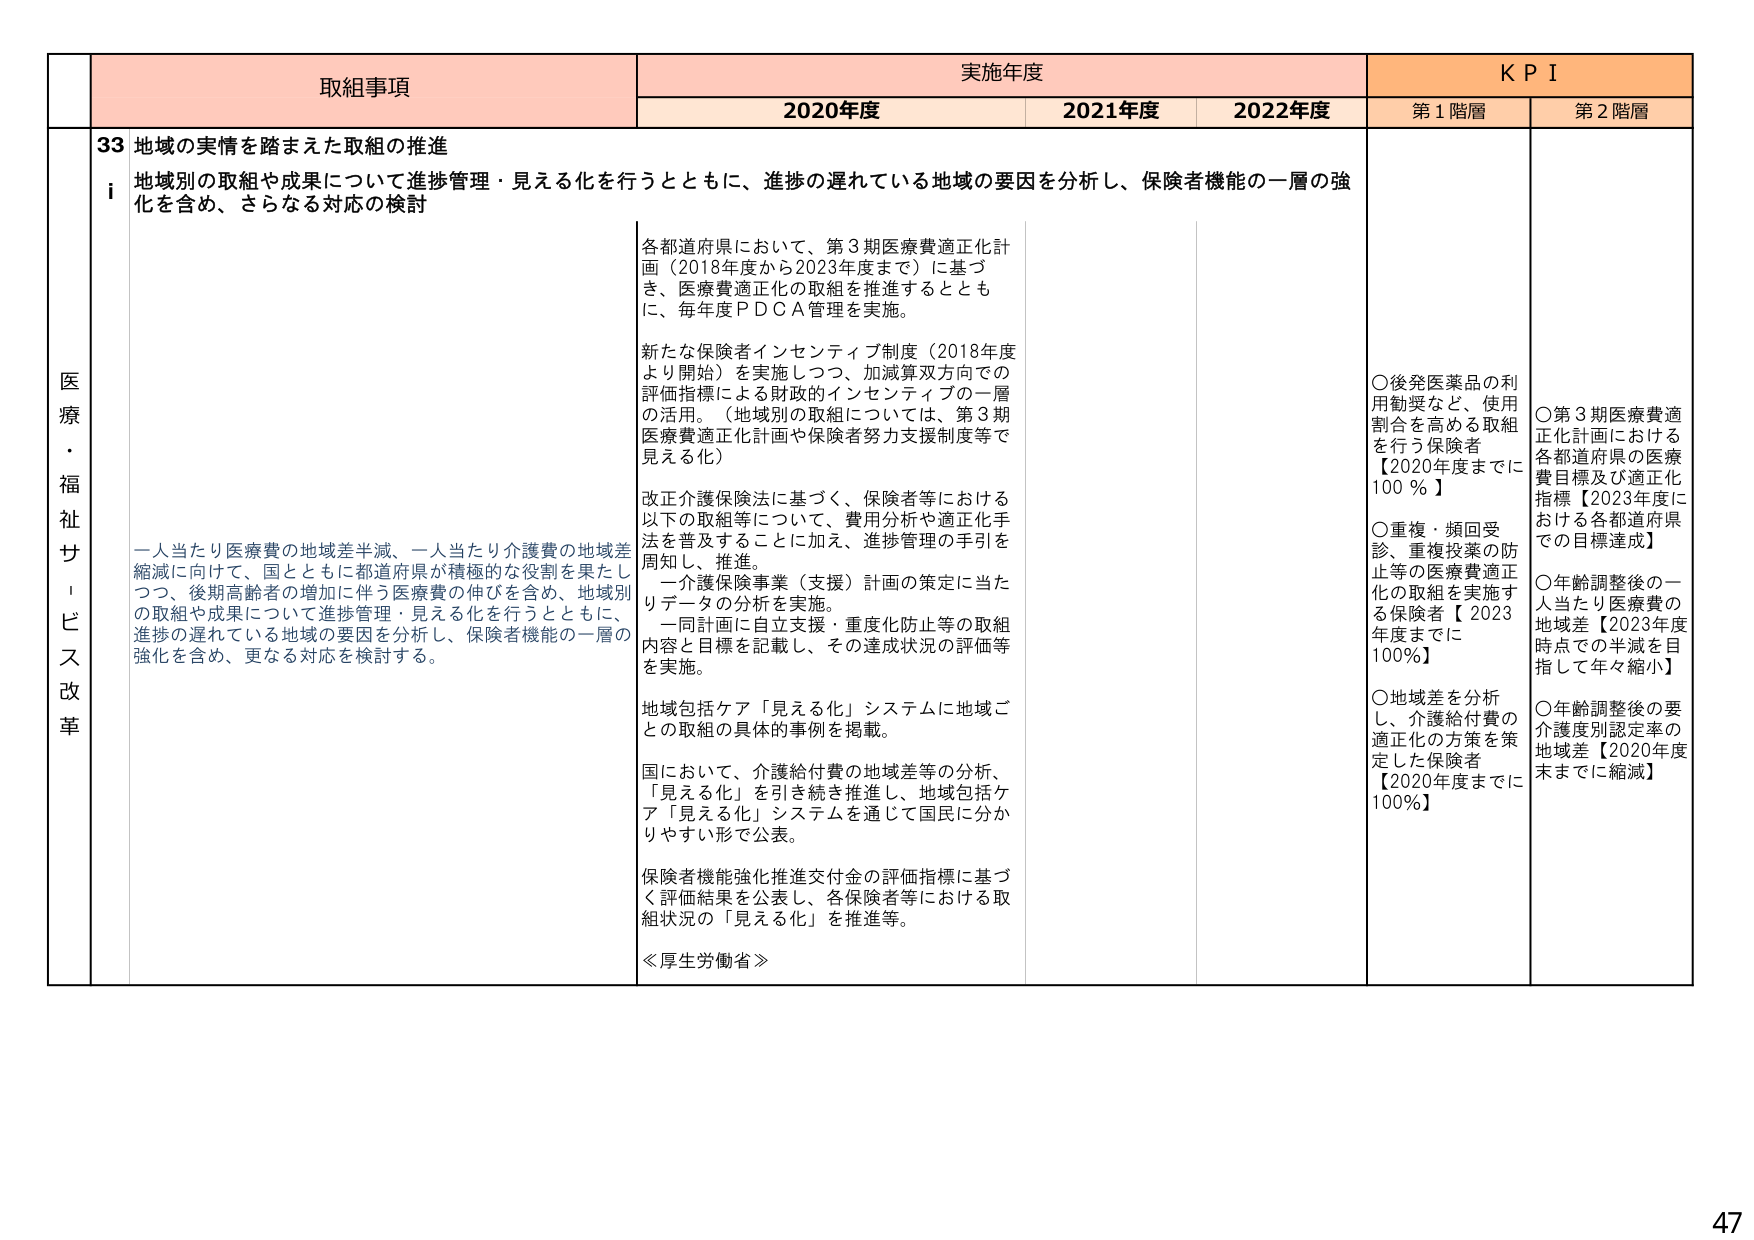
医療・福祉サービス改革

取組事項
33 地域の実情を踏まえた取組の推進
i 地域別の取組や成果について進捗管理・見える化を行うとともに、進捗の遅れている地域の要因を分析し、保険者機能の一層の強化を含め、さらなる対応の検討

一人当たり医療費の地域差半減、一人当たり介護費の地域差縮減に向けて、国とともに都道府県が積極的な役割を果たしつつ、後期高齢者の増加に伴う医療費の伸びを含め、地域別の取組や成果について進捗管理・見える化を行うとともに、進捗の遅れている地域の要因を分析し、保険者機能の一層の強化を含め、更なる対応を検討する。

実施年度
2020年度
2021年度
2022年度

各都道府県において、第3期医療費適正化計画（2018年度から2023年度まで）に基づき、医療費適正化の取組を推進するとともに、毎年度PDCA管理を実施。

新たな保険者インセンティブ制度（2018年度より開始）を実施しつつ、加減算双方向での評価指標による財政的インセンティブの一層の活用。（地域別の取組については、第3期医療費適正化計画や保険者努力支援制度等で見える化）

改正介護保険法に基づく、保険者等における以下の取組等について、費用分析や適正化手法を普及することに加え、進捗管理の手引を周知し、推進。
　一介護保険事業（支援）計画の策定に当たりデータの分析を実施。
　一同計画に自立支援・重度化防止等の取組内容と目標を記載し、その達成状況の評価等を実施。

地域包括ケア「見える化」システムに地域ごとの取組の具体的事例を掲載。

国において、介護給付費の地域差等の分析、「見える化」を引き続き推進し、地域包括ケア「見える化」システムを通じて国民に分かりやすい形で公表。

保険者機能強化推進交付金の評価指標に基づく評価結果を公表し、各保険者等における取組状況の「見える化」を推進等。

≪厚生労働省≫

KPI
第1階層
○後発医薬品の利用勧奨など、使用割合を高める取組を行う保険者【2020年度までに100％】
○重複・頻回受診、重複投薬の防止等の医療費適正化の取組を実施する保険者【2023年度までに100％】
○地域差を分析し、介護給付費の適正化の方策を策定した保険者【2020年度までに100％】

第2階層
○第3期医療費適正化計画における各都道府県の医療費目標及び適正化指標【2023年度における各都道府県での目標達成】
○年齢調整後的一人当たり医療費の地域差【2023年度時点での半減を目指して年々縮小】
○年齢調整後の要介護度別認定率の地域差【2020年度末までに縮減】

47